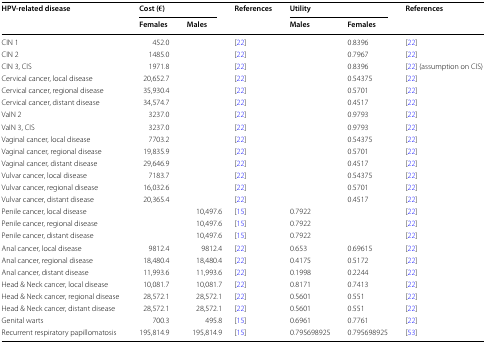
<table><thead><tr><td rowspan="2"><b>HPV-related disease</b></td><td colspan="2"><b>Cost (€)</b></td><td rowspan="2"><b>References</b></td><td colspan="2"><b>Utility</b></td><td rowspan="2"><b>References</b></td></tr><tr><td><b>Females</b></td><td><b>Males</b></td><td><b>Males</b></td><td><b>Females</b></td></tr></thead><tbody><tr><td>CIN 1</td><td>452.0</td><td></td><td>[22]</td><td></td><td>0.8396</td><td>[22]</td></tr><tr><td>CIN 2</td><td>1485.0</td><td></td><td>[22]</td><td></td><td>0.7967</td><td>[22]</td></tr><tr><td>CIN 3, CIS</td><td>1971.8</td><td></td><td>[22]</td><td></td><td>0.8396</td><td>[22] (assumption on CIS)</td></tr><tr><td>Cervical cancer, local disease</td><td>20,652.7</td><td></td><td>[22]</td><td></td><td>0.54375</td><td>[22]</td></tr><tr><td>Cervical cancer, regional disease</td><td>35,930.4</td><td></td><td>[22]</td><td></td><td>0.5701</td><td>[22]</td></tr><tr><td>Cervical cancer, distant disease</td><td>34,574.7</td><td></td><td>[22]</td><td></td><td>0.4517</td><td>[22]</td></tr><tr><td>VaIN 2</td><td>3237.0</td><td></td><td>[22]</td><td></td><td>0.9793</td><td>[22]</td></tr><tr><td>VaIN 3, CIS</td><td>3237.0</td><td></td><td>[22]</td><td></td><td>0.9793</td><td>[22]</td></tr><tr><td>Vaginal cancer, local disease</td><td>7703.2</td><td></td><td>[22]</td><td></td><td>0.54375</td><td>[22]</td></tr><tr><td>Vaginal cancer, regional disease</td><td>19,835.9</td><td></td><td>[22]</td><td></td><td>0.5701</td><td>[22]</td></tr><tr><td>Vaginal cancer, distant disease</td><td>29,646.9</td><td></td><td>[22]</td><td></td><td>0.4517</td><td>[22]</td></tr><tr><td>Vulvar cancer, local disease</td><td>7183.7</td><td></td><td>[22]</td><td></td><td>0.54375</td><td>[22]</td></tr><tr><td>Vulvar cancer, regional disease</td><td>16,032.6</td><td></td><td>[22]</td><td></td><td>0.5701</td><td>[22]</td></tr><tr><td>Vulvar cancer, distant disease</td><td>20,365.4</td><td></td><td>[22]</td><td></td><td>0.4517</td><td>[22]</td></tr><tr><td>Penile cancer, local disease</td><td></td><td>10,497.6</td><td>[15]</td><td>0.7922</td><td></td><td>[22]</td></tr><tr><td>Penile cancer, regional disease</td><td></td><td>10,497.6</td><td>[15]</td><td>0.7922</td><td></td><td>[22]</td></tr><tr><td>Penile cancer, distant disease</td><td></td><td>10,497.6</td><td>[15]</td><td>0.7922</td><td></td><td>[22]</td></tr><tr><td>Anal cancer, local disease</td><td>9812.4</td><td>9812.4</td><td>[22]</td><td>0.653</td><td>0.69615</td><td>[22]</td></tr><tr><td>Anal cancer, regional disease</td><td>18,480.4</td><td>18,480.4</td><td>[22]</td><td>0.4175</td><td>0.5172</td><td>[22]</td></tr><tr><td>Anal cancer, distant disease</td><td>11,993.6</td><td>11,993.6</td><td>[22]</td><td>0.1998</td><td>0.2244</td><td>[22]</td></tr><tr><td>Head &amp; Neck cancer, local disease</td><td>10,081.7</td><td>10,081.7</td><td>[22]</td><td>0.8171</td><td>0.7413</td><td>[22]</td></tr><tr><td>Head &amp; Neck cancer, regional disease</td><td>28,572.1</td><td>28,572.1</td><td>[22]</td><td>0.5601</td><td>0.551</td><td>[22]</td></tr><tr><td>Head &amp; Neck cancer, distant disease</td><td>28,572.1</td><td>28,572.1</td><td>[22]</td><td>0.5601</td><td>0.551</td><td>[22]</td></tr><tr><td>Genital warts</td><td>700.3</td><td>495.8</td><td>[15]</td><td>0.6961</td><td>0.7761</td><td>[22]</td></tr><tr><td>Recurrent respiratory papillomatosis</td><td>195,814.9</td><td>195,814.9</td><td>[15]</td><td>0.795698925</td><td>0.795698925</td><td>[53]</td></tr></tbody></table>